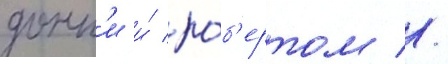
донн'и и́ ро́б'ертом //